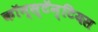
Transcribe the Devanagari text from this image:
कॉन्स्टॅन्टियस